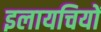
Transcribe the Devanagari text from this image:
इलायचियों